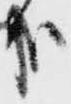
哉